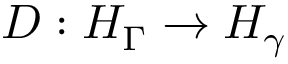
D : H _ { \Gamma } \to H _ { \gamma }